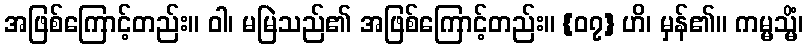
အဖြစ်ကြောင့်တည်း။ ဝါ၊ မမြဲသည်၏ အဖြစ်ကြောင့်တည်း။ {၀၇} ဟိ၊ မှန်၏။ ကမ္မသ္မိံ၊